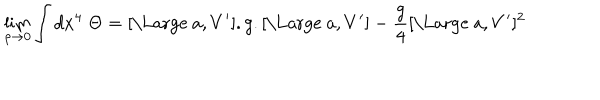
LaTeX: \lim _ { \rho \to 0 } \int d x ^ { 4 } \; \Theta = [ \mathrm { \Large ~ a } , V ^ { \prime } ] . g . [ \mathrm { \Large ~ a } , V ^ { \prime } ] - \frac { g } { 4 } [ \mathrm { \Large ~ a } , V ^ { \prime } ] ^ { 2 }